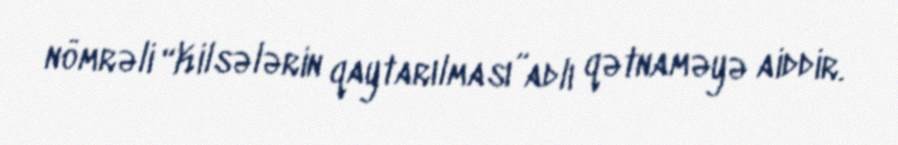
nömrəli “Kilsələrin qaytarılması”adlı qətnaməyə aiddir.